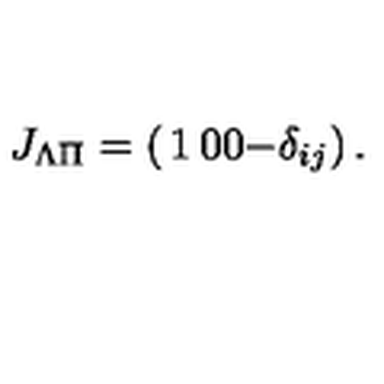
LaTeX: J _ { \Lambda \Pi } = \left( \begin{matrix} { 1 } & { 0 } \\ { 0 } & { - \delta _ { i j } } \\ \end{matrix} \right) .